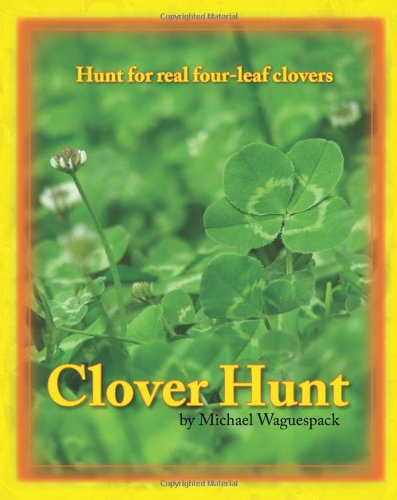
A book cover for Clover Hunt: Hunt for real four-leaf clovers; Michael Waguespack; Children's Books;